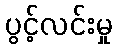
ပွင့်လင်းမှု